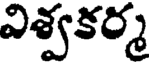
విశ్వకర్మ